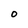
Character: O